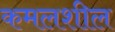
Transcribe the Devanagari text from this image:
कमलशील